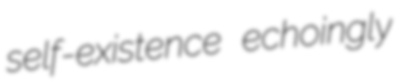
self-existence echoingly